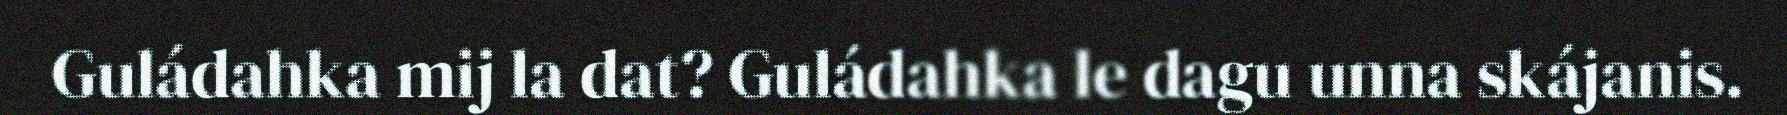
Guládahka mij la dat? Guládahka le dagu unna skájanis.